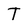
Character: T